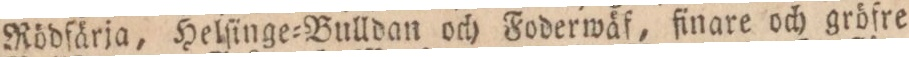
Rödfärja, Helſinge=Bulldan och Foderwäf, finare och gröfre